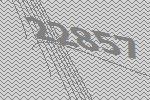
22857